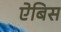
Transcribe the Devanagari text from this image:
ऐबिस